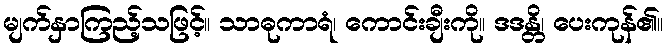
မျက်နှာကြည့်သဖြင့်။ သာဓုကာရံ၊ ကောင်းချီးကို။ ဒဒန္တိ၊ ပေးကုန်၏။